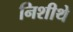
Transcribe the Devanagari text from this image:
निशीथे